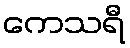
ကေသရီ